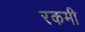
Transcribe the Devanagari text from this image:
रकमी